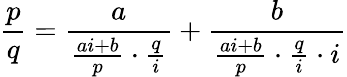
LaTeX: {\frac{p}{q}}={\frac{a}{{\frac{ai+b}{p}}\cdot{\frac{q}{i}}}}+{\frac{b}{{\frac{ai+b}{p}}\cdot{\frac{q}{i}}\cdot{i}}}